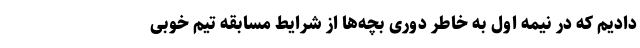
دادیم که در نیمه اول به خاطر دوری بچه‌ها از شرایط مسابقه تیم خوبی